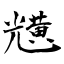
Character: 黋